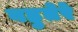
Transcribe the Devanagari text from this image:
वहुतेरे